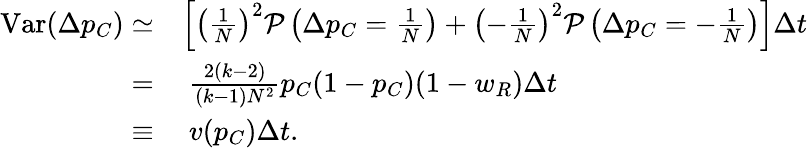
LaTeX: \begin{array}{rl}{\mathrm{Var}(\Delta p_{C})\simeq}&{\left[\left(\frac{1}{N}\right)^{2}\mathcal{P}\left(\Delta p_{C}=\frac{1}{N}\right)+\left(-\frac{1}{N}\right)^{2}\mathcal{P}\left(\Delta p_{C}=-\frac{1}{N}\right)\right]\Delta t}\\ {=}&{~\frac{2(k-2)}{(k-1)N^{2}}p_{C}(1-p_{C})(1-w_{R})\Delta t}\\ {\equiv}&{~v(p_{C})\Delta t.}\end{array}